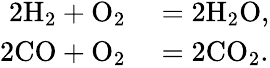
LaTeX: \begin{array}{rl}{2\mathrm{H}_{2}+\mathrm{O}_{2}}&{{}=2\mathrm{H}_{2}\mathrm{O},}\\ {2\mathrm{CO}+\mathrm{O}_{2}}&{{}=2\mathrm{CO}_{2}.}\end{array}